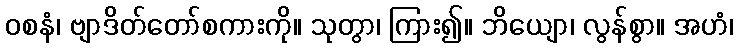
ဝစနံ၊ ဗျာဒိတ်တော်စကားကို။ သုတွာ၊ ကြား၍။ ဘိယျော၊ လွန်စွာ။ အဟံ၊